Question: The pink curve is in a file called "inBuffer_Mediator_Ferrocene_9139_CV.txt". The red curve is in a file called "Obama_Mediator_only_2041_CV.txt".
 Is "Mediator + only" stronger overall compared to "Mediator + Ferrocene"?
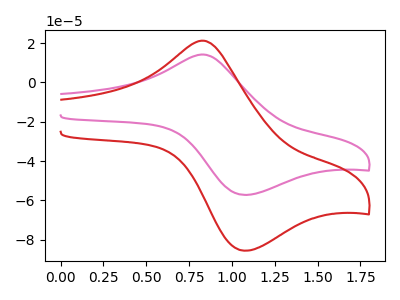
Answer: <think>The pink curve "Mediator + Ferrocene" has an anodic peak at (0.85V, 14.15uA) and a cathodic peak at (1.10V, -57.20uA). The red curve "Mediator + only" has an anodic peak at (0.85V, 21.20uA) and a cathodic peak at (1.10V, -85.60uA).
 All the peaks in "Mediator + only" have a peak in "Mediator + Ferrocene" at the same potential. Every peak in "Mediator + only" is higher than every peak in "Mediator + Ferrocene".</think>
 <answer>"Mediator + only" has more signal than "Mediator + Ferrocene".</answer>
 <eval>more_signal</eval>